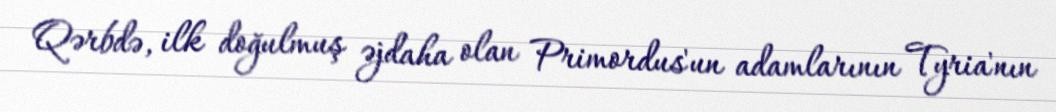
Qərbdə, ilk doğulmuş əjdaha olan Primordus'un adamlarının Tyria'nın